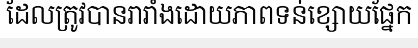
ដែលត្រូវបានរារាំងដោយភាពទន់ខ្សោយផ្នែក